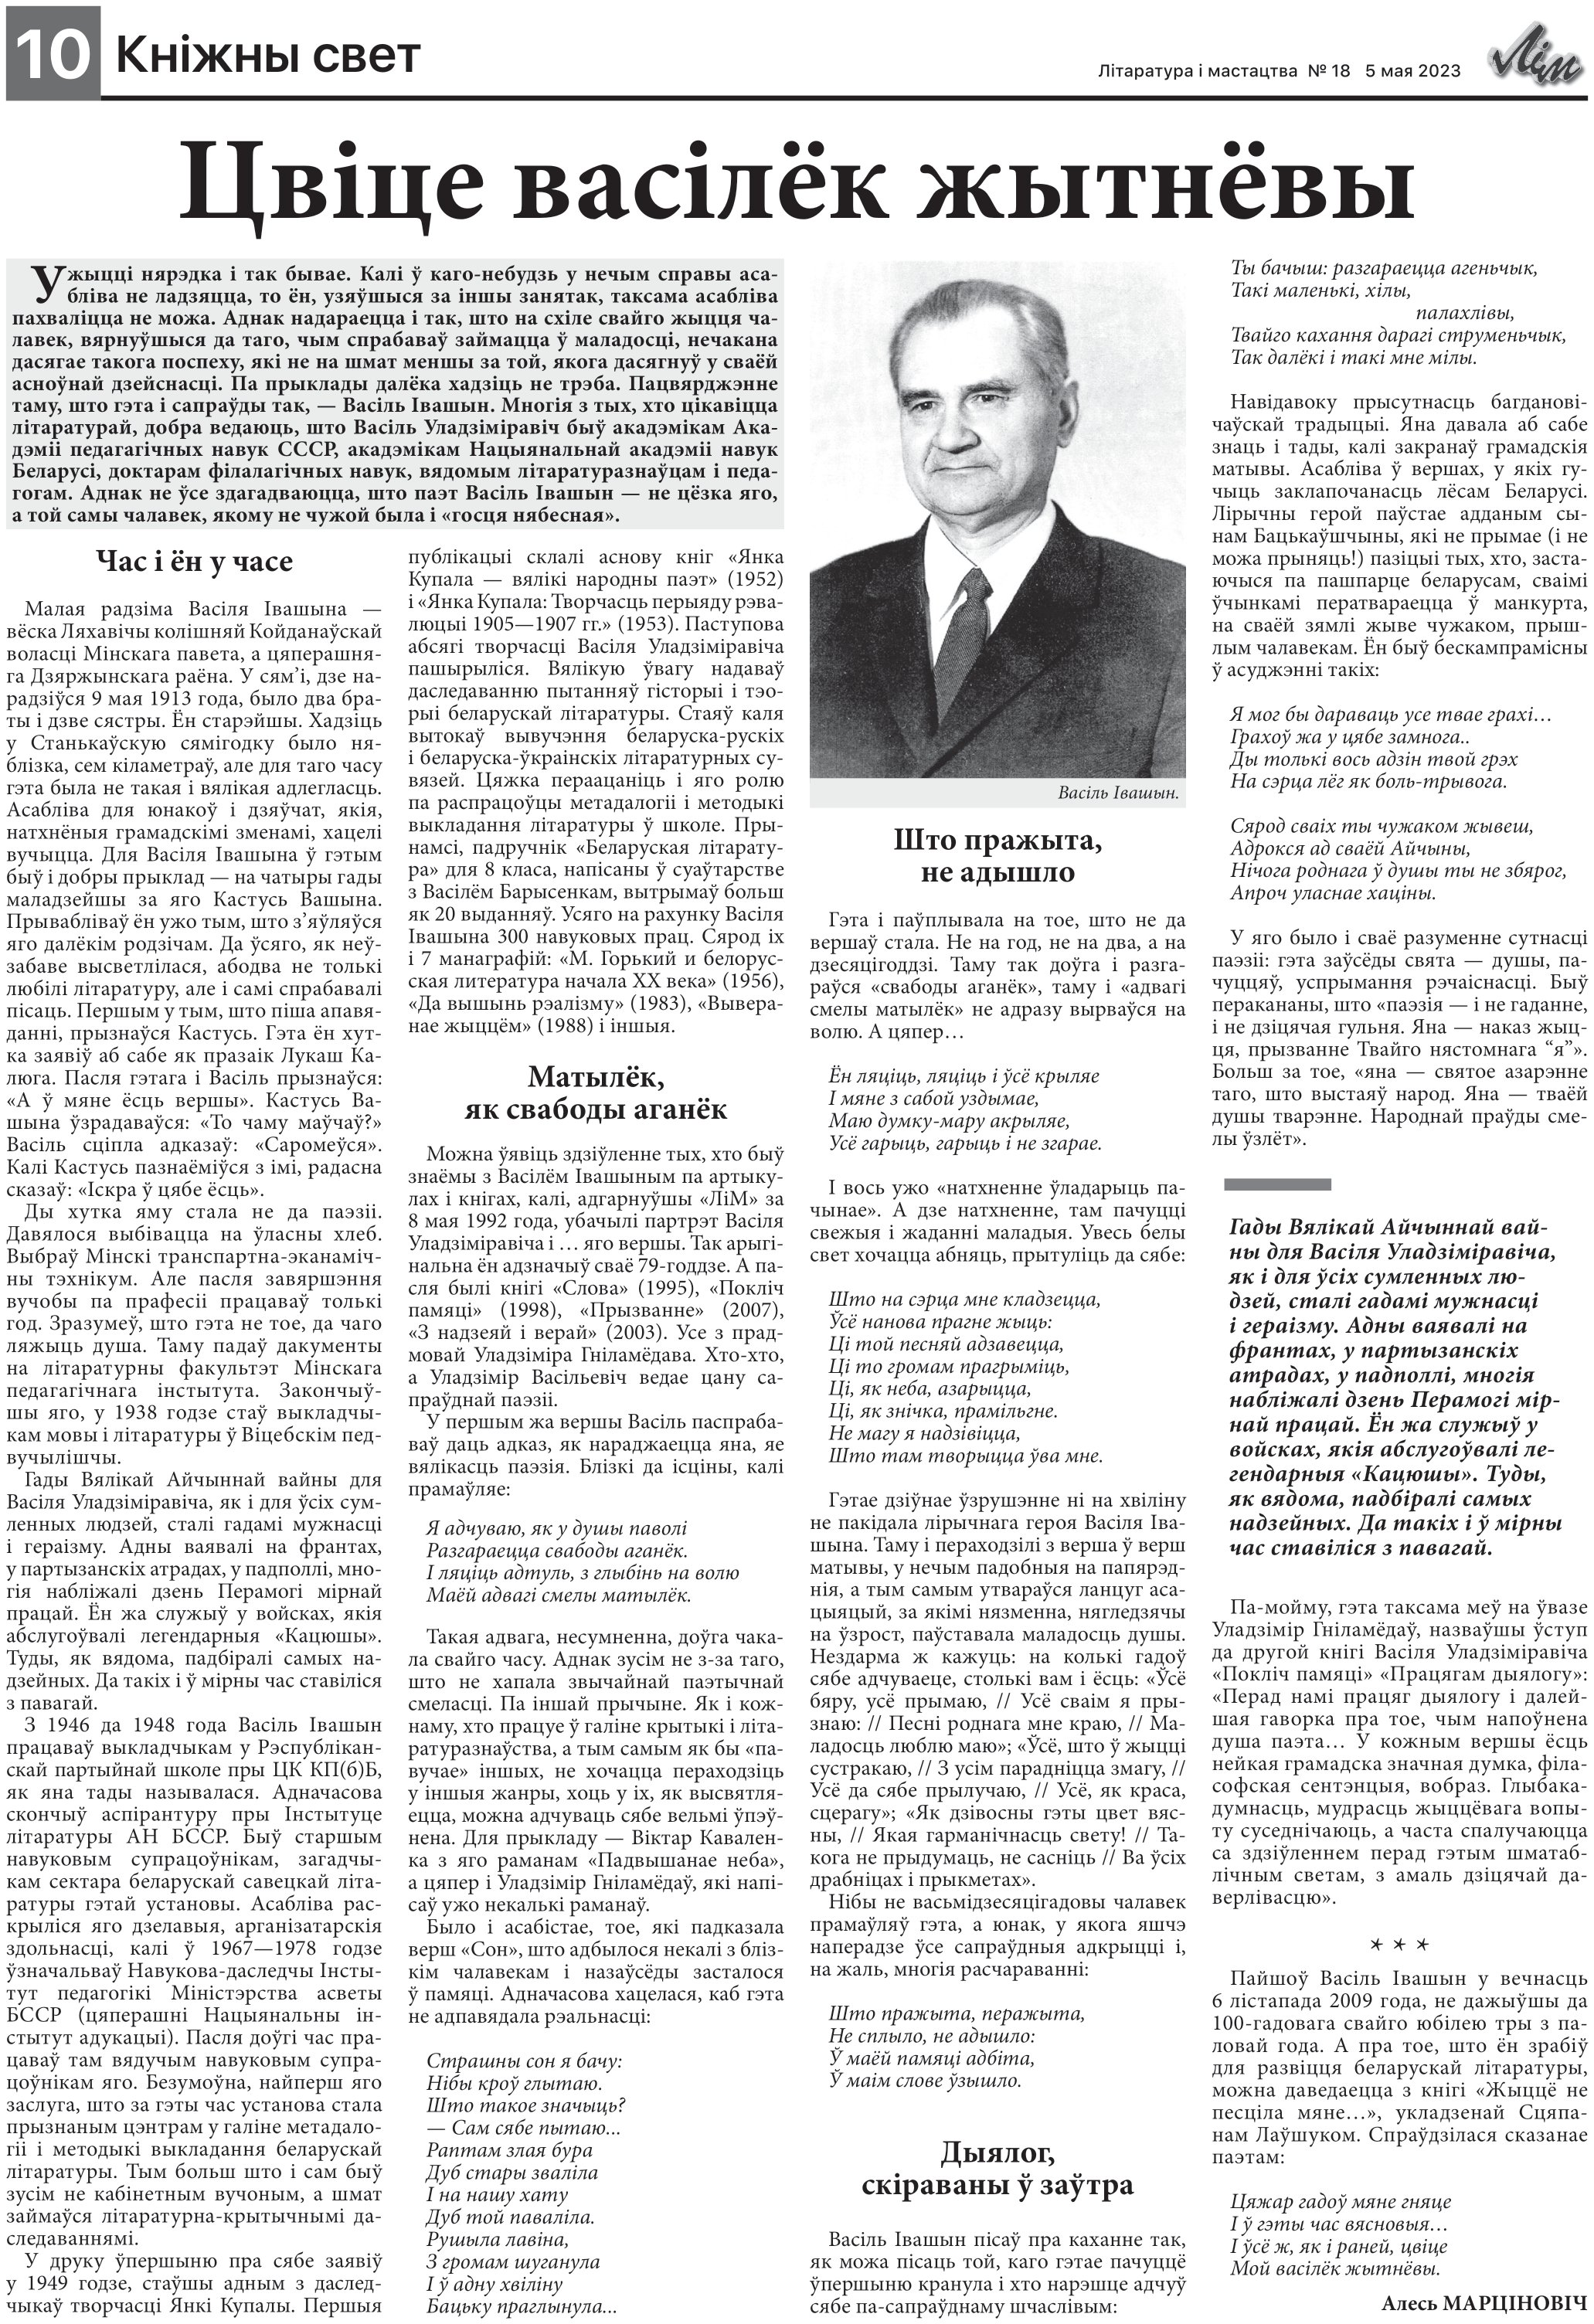
Language: be